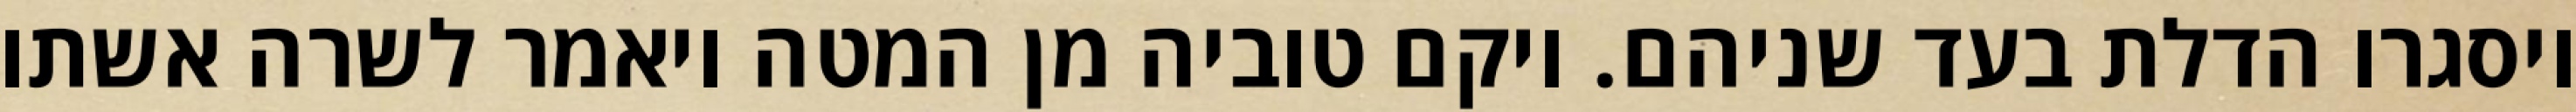
ויסגרו הדלת בעד שניהם. ויקם טוביה מן המטה ויאמר לשרה אשתו